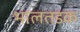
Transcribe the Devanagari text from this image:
भालतडक